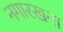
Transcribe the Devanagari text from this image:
नगारखना